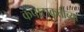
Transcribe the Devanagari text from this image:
कपाटाकृतीच्या